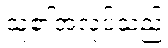
သူ၏အလုပ်သည်